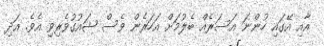
އާއި އޭގައި ހުންނަ އަސަރެއް ބެލުމަށް އަހަރެން ވެސް ޝައުގުވެރިވި އެވެ. އަދި